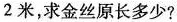
2米，求金丝原长多少?